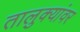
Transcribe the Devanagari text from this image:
तालुक्यांवर